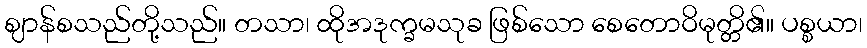
ဈာန်စသည်တို့သည်။ တသာ၊ ထိုအဒုက္ခမသုခ ဖြစ်သော စေတောဝိမုတ္တိ၏။ ပစ္စယာ၊